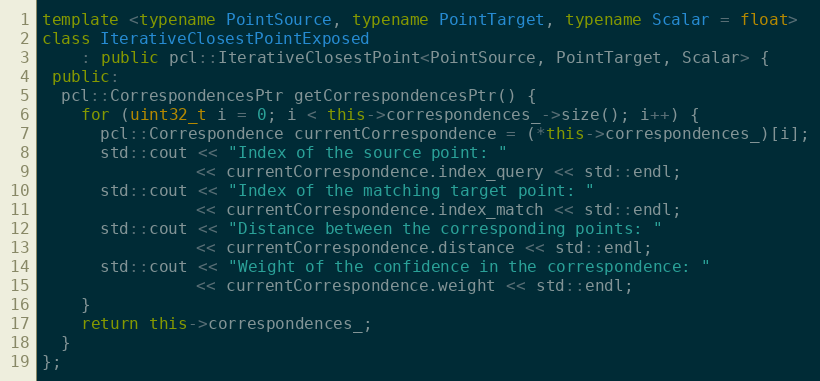
Language: C++
template <typename PointSource, typename PointTarget, typename Scalar = float>
class IterativeClosestPointExposed
    : public pcl::IterativeClosestPoint<PointSource, PointTarget, Scalar> {
 public:
  pcl::CorrespondencesPtr getCorrespondencesPtr() {
    for (uint32_t i = 0; i < this->correspondences_->size(); i++) {
      pcl::Correspondence currentCorrespondence = (*this->correspondences_)[i];
      std::cout << "Index of the source point: "
                << currentCorrespondence.index_query << std::endl;
      std::cout << "Index of the matching target point: "
                << currentCorrespondence.index_match << std::endl;
      std::cout << "Distance between the corresponding points: "
                << currentCorrespondence.distance << std::endl;
      std::cout << "Weight of the confidence in the correspondence: "
                << currentCorrespondence.weight << std::endl;
    }
    return this->correspondences_;
  }
};